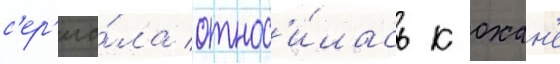
с'ер'иа́ла относ'и́лась к охан'е